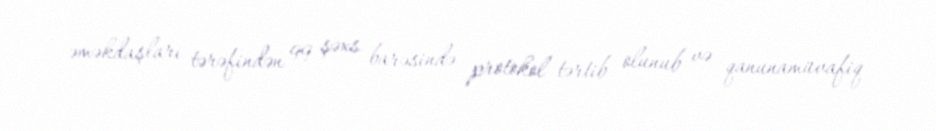
əməkdaşları tərəfindən 99 şəxs barəsində protokol tərtib olunub və qanunamüvafiq